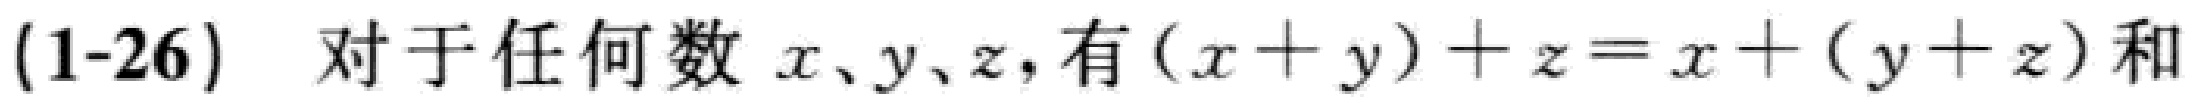
(1-26) 对于任何数 \(x、y、z\)，有 \((x + y)+z = x+(y + z)\) 和